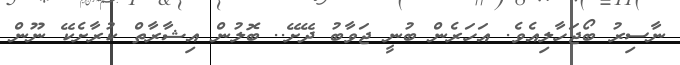
ނާސިރު ބޯޖަހާލިއެވެ. އަހަރެން ބުނީ ޖަވާބު ދޭށޭ.. ބޮލުން އިޝާރާތް ކުރާށެކޭ ނޫން